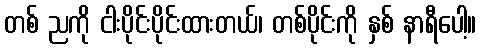
တစ် ညကို ငါးပိုင်းပိုင်းထားတယ်၊ တစ်ပိုင်းကို နှစ် နာရီပေါ့။